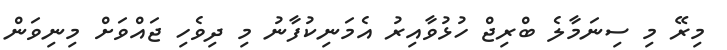
މިރޭ މި ސިނަމާލެ ބްރިޖް ހުޅުވާއިރު އެމަނިކުފާނު މި ދިވެހި ޖައްވަށް މިނިވަން